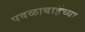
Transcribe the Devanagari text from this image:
पवळाबाईच्या